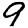
Digit: 9